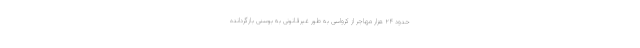
حدود ۲۴ هزار مهاجر از کرواسی به طور غیرقانونی به بوسنی بازگردانده